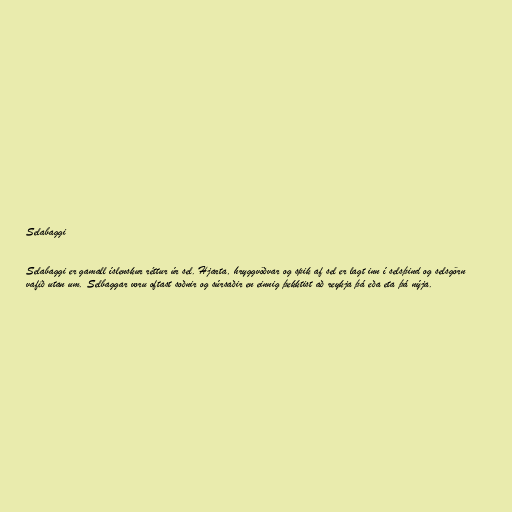
Selabaggi

Selabaggi er gamall íslenskur réttur úr sel. Hjarta, hryggvöðvar og spik af sel er lagt inn í selsþind og selsgörn
vafið utan um. Selbaggar voru oftast soðnir og súrsaðir en einnig þekktist að reykja þá eða eta þá nýja.